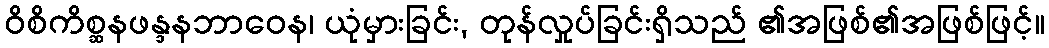
ဝိစိကိစ္ဆနဖန္ဒနဘာဝေန၊ ယုံမှားခြင်း, တုန်လှုပ်ခြင်းရှိသည် ၏အဖြစ်၏အဖြစ်ဖြင့်။